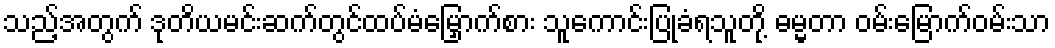
သည့်အတွက် ဒုတိယမင်းဆက်တွင်ထပ်မံမြှောက်စား သူကောင်းပြုခံရသူတို့ ဓမ္မတာ ဝမ်းမြောက်ဝမ်းသာ